Report of the Indian Hemp Drugs Commission, 1894-1895 - Volume VI
Year: 1894
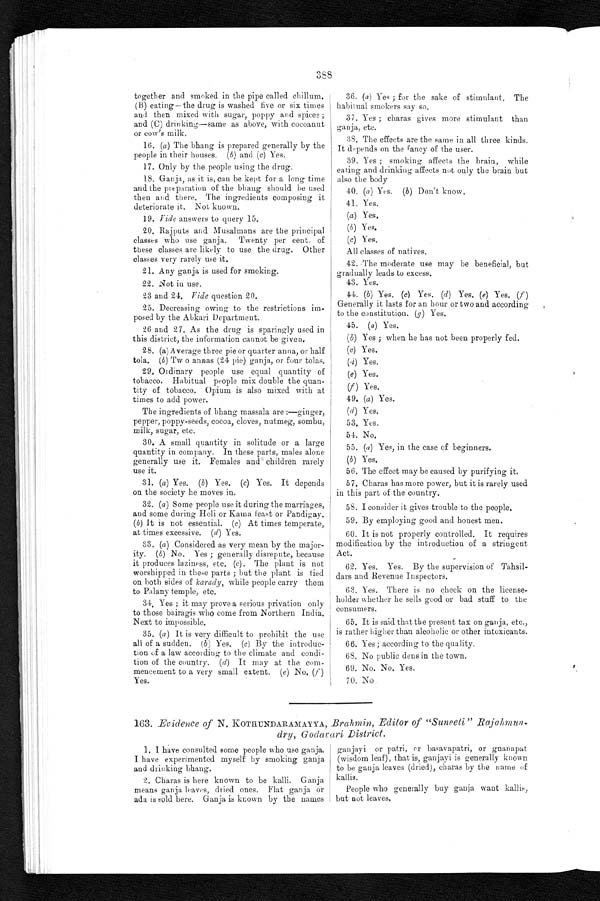
together and smoked in the pipe called chillum.
(B) eating–the drug is washed five or six times
and then mixed with sugar, poppy and spices;
and (C) drinking-same as above, with cocoanut
or cow's milk.
16. (a ) The bhang is prepared generally by the
people in their houses. (b) and ( c ) Yes.
17. Only by the people using the drug.
18. Ganja, as it is, can be kept for a long time
and the preparation of the bhang should be used
then and there. The ingredients composing it
deteriorate it. Not known.
19. Vide answers to query 15.
20. Rajputs and Musalmans are the principal
classes who use gauja. Twenty per cent. of
these classes are likely to use the drug. Other
classes very rarely use it.
21. Any ganja is used for smoking.
22.
Not in use.
23 and 24. Vide question 20.
25. Decreasing owing to the restrictions im
- p o s e d b y t h e A b k a r i D e p a r t m e n t .
26 and 27. As the drug is sparingly used in
this district, the information cannot be given.
28. (a) A verage three pie or quarter anna, or half
tola. (b) Two annas (24 pie) ganja, or four tolas.
29. Ordinary people use equal quantity of
tobacco. Habitual people mix double the quan
- t i t y o f t o b a c c o . O p i u m i s a l s o m i x e d w i t h a t
times to add power.
The ingredients of bhang massala are:—ginger,
pepper, poppy-seeds, cocoa, cloves, nutmeg, sombu,
milk, sugar, etc.
30. A small quantity in solitude or a large
quantity in company. In these parts, males alone
generally use it. Females and children rarely
use it.
31. (a) Yes. (b) Yes. (c) Yes. It depends
on the society he moves in.
3 2 . (
a ) S o m e p e o p l e u s e i t d u r i n g t h e m a r r i a g e s , a n d s o m e d u r i n g H o l i o r K a m a f e a s t o r P a n d i g a y .
(b) It is not essential. ( c ) At times temperate,
at times excessive. ( d) Yes.
33. (a ) Considered as very mean by the major
- i t y .
( b ) N o . Y e s ; g e n e r a l l y d i s r e p u t e , b e c a u s e
it produces laziness, etc. ( c). The plant is not
worshipped in these parts; but the plant is tied
on both sides of karady, while people carry them
to Palany temple, etc.
3 4 . Y e s ; i t m a y p r o v e a s e r i o u s p r i v a t i o n o n l y
to those bairagis who come from Northern India.
Next to impossible.
35. ( a ) It is very difficult to prohibit the use
all of a sudden. (b ) Yes. (c) By the introduc
-tion of a law according to the climate and condi
-tion of the country. ( d) It may at the com
-mencement to a very small extent. (e ) N o . ( f )
Yes.
36. (a ) Yes; for the sake of stimulant. The
habitual smokers say so.
37. Yes; charas gives more stimulant than
ganja, etc.
38. The effects are the same in all three kinds.
It depends on the fancy of the user.
39. Yes; smoking affects the brain, while
eating and drinking affects not only the brain but
also the body
40. (a ) Yes. (b ) Don't know.
41. Yes.
(a )
Yes.
(b) Yes.
(c) Yes.
All classes of natives.
42. The moderate use may be beneficial, but
gradually leads to excess.
43. Yes.
44. (b) Yes. (c) Yes. (d ) Yes. ( e) Yes. (f )
Generally it lasts for an hour or two and according
to the constitution. (g ) Yes.
45. ( a) Yes.
(b) Yes; when he has not been properly fed
.
(c) Yes.
(d) Yes.
(e ) Yes.
(
f
) Y e s .
49. ( a ) Yes.
( d) Yes.
53. Yes.
54. No.
55. (a ) Yes, in the case of beginners.
(b) Yes.
56. The effect may be caused by purifying it.
57. Charas has more power, but it is rarely used
in this part of the country.
58.
I consider it gives trouble to the people.
59. By employing good and honest men.
60. It is not properly controlled. It requires
modification by the introduction of a stringent
Act.
62. Yes. Yes. By the supervision of
Tahsil-dars and Revenue Inspectors.
63. Yes. There is no check on the license-
holder whether he sells good or bad stuff to the
consumers.
65. It is said that the present tax on ganja, etc.,
is rather higher than alcoholic or other intoxicants.
66. Yes; according to the quality.
68. No public dens in the town.
69. No. No. Yes.
70. No
163. Evidence of N. KOTHUNDARAMAYYA, Brahmin, Editor of "Suneeti" Rajahmun-
dry, Godavari District.
1. I have consulted some people who use ganja.
I have experimented myself by smoking ganja
and drinking bhang.
2. Charas is here known to be kalli. Ganja
means ganja leaves, dried ones. Flat ganja or
ada is sold here. Ganja is known by the names
ganjayi or patri, or basavapatri, or gnanapat
(wisdom leaf), that is, ganjayi is generally known
to be ganja leaves (dried), charas by the name of
k a l l i s .
People who generally buy ganja want kallis,
but not leaves.